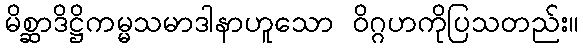
မိစ္ဆာဒိဋ္ဌိကမ္မသမာဒါနာဟူသော ဝိဂ္ဂဟကိုပြသတည်း။